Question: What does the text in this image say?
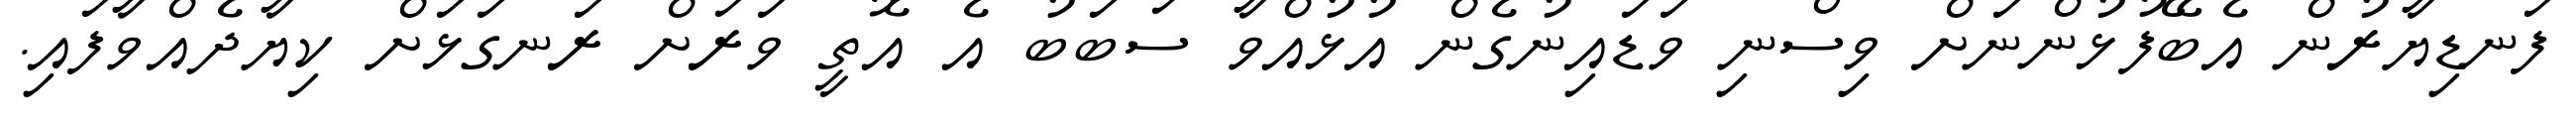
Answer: ފަނޑިޔާރުން އެބޭފުޅުންނަށް ވިސްނި ވަޑައިނުގެން އުޅުއްވާ ސަބަބު އެ އޮތީ ވަރަށް ރަނގަޅަށް ކިޔާދެއްވާފައި.